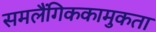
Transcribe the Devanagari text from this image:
समलैंगिककामुकता